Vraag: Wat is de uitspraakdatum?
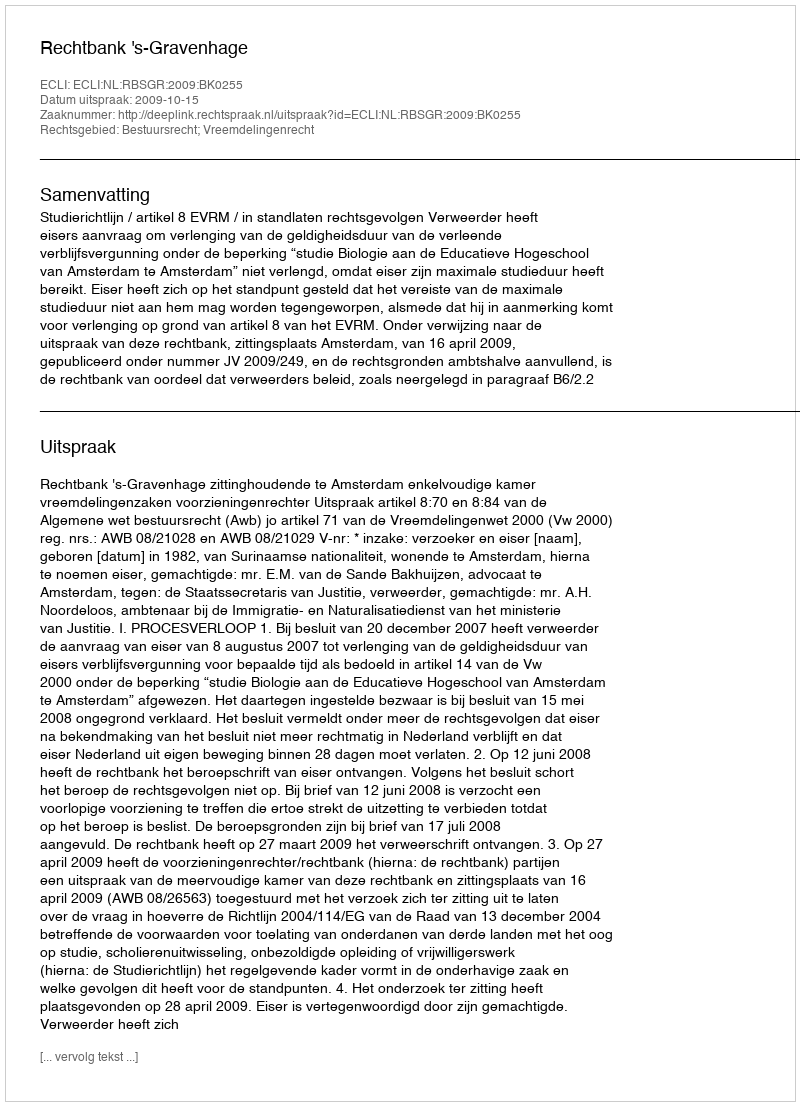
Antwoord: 2009-10-15